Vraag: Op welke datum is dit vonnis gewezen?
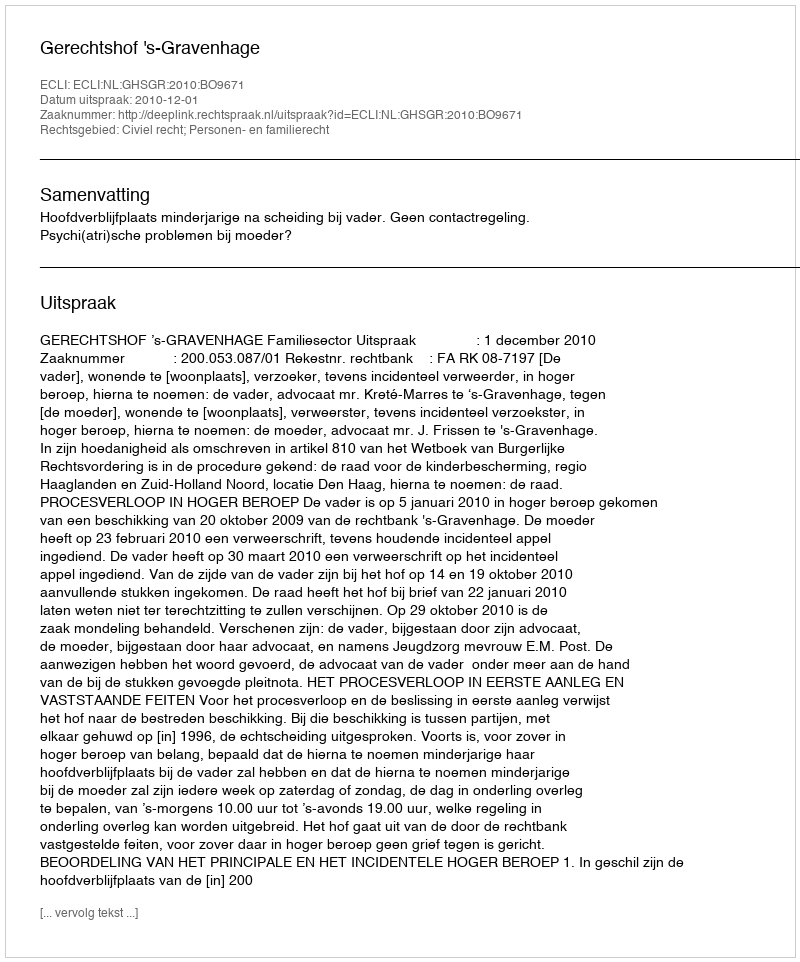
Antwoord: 2010-12-01